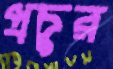
প্রচুর